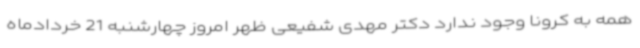
همه به کرونا وجود ندارد دکتر مهدی شفیعی ظهر امروز چهارشنبه 21 خردادماه